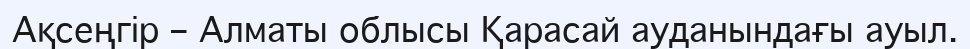
Ақсеңгір – Алматы облысы Қарасай ауданындағы ауыл.